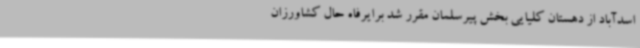
اسدآباد از دهستان کلیایی بخش پیرسلمان مقرر شد برایرفاه حال کشاورزان